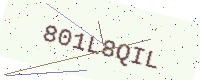
Text: 801L8QIL